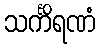
သင်္ကိရဏံ